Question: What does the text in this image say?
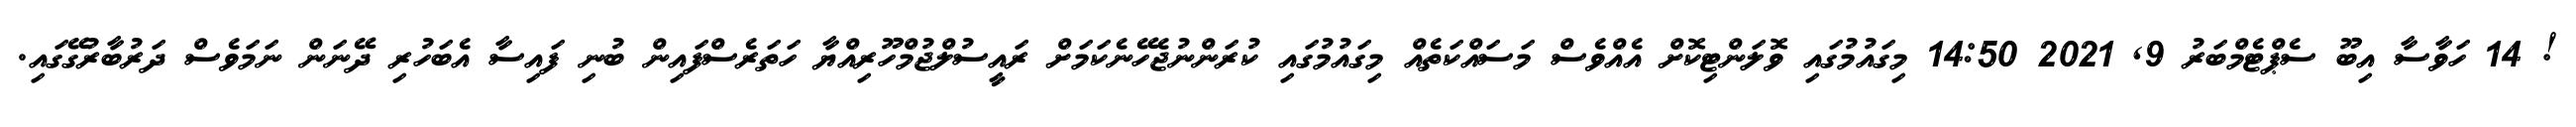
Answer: ! 14 ހަވާސާ އިބޫ ސެޕްޓެމްބަރު 9, 2021 14:50 މިގައުމުގައި ވޮލަންޓިކޮށް އެއްވެސް މަސައްކަތެއް މިގައުމުގައި ކުރަންނުޖެހޭނެކަމަށް ރައީސުލްޖުމްހޫރިއްޔާ ހަތަރެސްފައިން ބުނި ފައިސާ އެބަހުރި ދޭނަން ނަމަވެސް ދަރުބާރުގޭގައި.